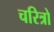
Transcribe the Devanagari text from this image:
चरित्रो